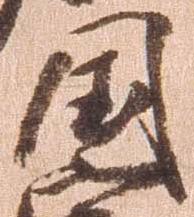
国